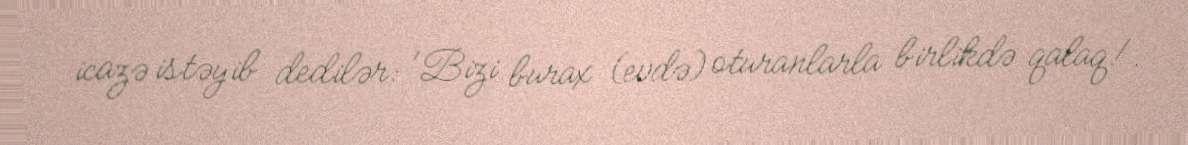
icazə istəyib dedilər: 'Bizi burax (evdə) oturanlarla birlikdə qalaq!.